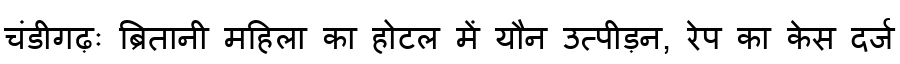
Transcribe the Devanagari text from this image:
चंडीगढ़ः ब्रितानी महिला का होटल में यौन उत्पीड़न, रेप का केस दर्ज